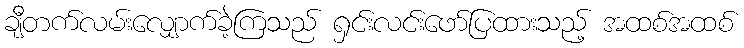
ချီတက်လမ်းလျှောက်ခဲ့ကြသည် ရှင်းလင်းဖော်ပြထားသည့် အထစ်အထစ်